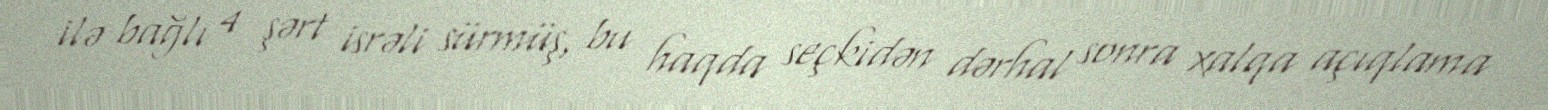
ilə bağlı 4 şərt isrəli sürmüş, bu haqda seçkidən dərhal sonra xalqa açıqlama